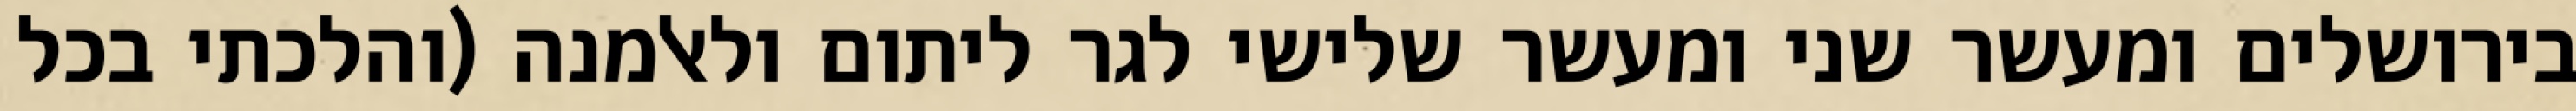
בירושלים ומעשר שני ומעשר שלישי לגר ליתום ולאלמנה (והלכתי בכל